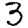
Digit: 3